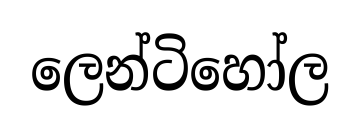
ලෙන්ටිහෝල